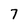
Character: 7